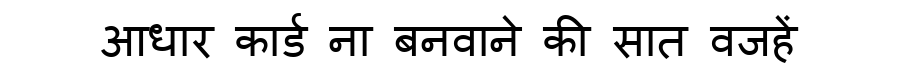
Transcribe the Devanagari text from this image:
आधार कार्ड ना बनवाने की सात वजहें